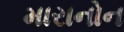
મારાનોન